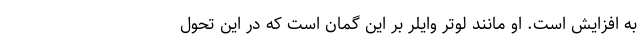
به افزایش است. او مانند لوتر وایلر بر این گمان است که در این تحول